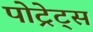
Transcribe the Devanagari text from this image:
पोट्रेट्स